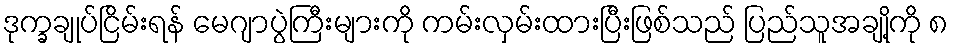
ဒုက္ခချုပ်ငြိမ်းရန် မေဂျာပွဲကြီးများကို ကမ်းလှမ်းထားပြီးဖြစ်သည် ပြည်သူအချို့ကို ၈